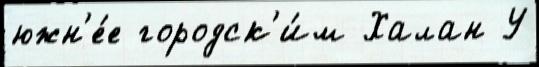
южн'е́е городск'и́м Халан У